Vaccination North-Western Provinces and Oudh 1878-1895 - 1878-1895
Year: 1878
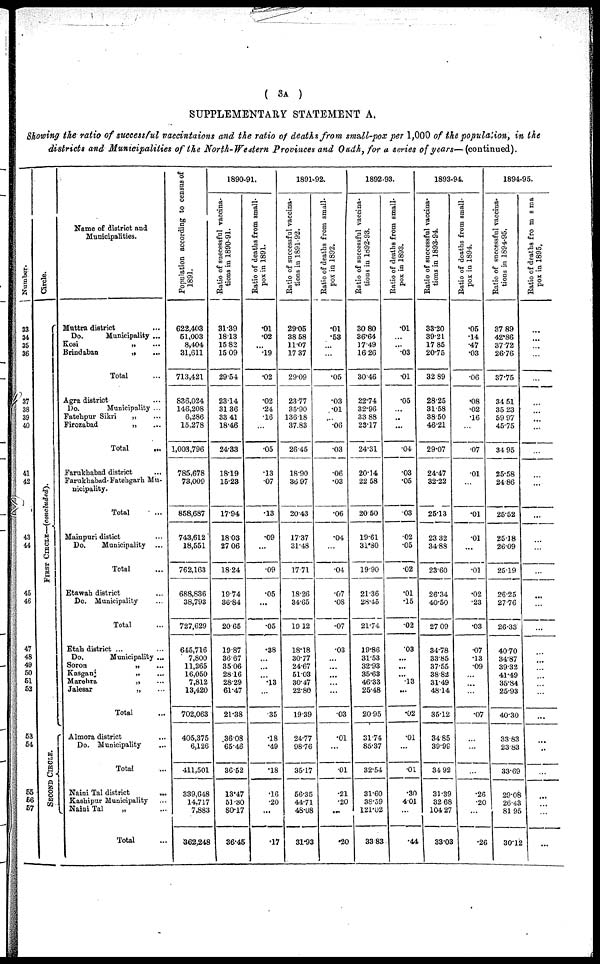
( 3A )
SUPPLEMENTARY STATEMENT A.
Showing the ratio of successful vaccintaions and the ratio of deaths from small-pox per 1,000 of the population, in the
districts and Municipalities of the North-Western Provinces and Oudh, for a series of years—(continued).
Number.
33
34
35
36
37
38
39
40
41
42
43
44
45
46
47
48
49
50
51
52
53
54
55
56
57
Circle.
FIRST CIRCLE—(concluded).
SECOND CIRCLE.
Name of district and
Municipalities.
Muttra district ...
Do.
Municipality ...
Kosi
„ ...
Brindaban
„ ...
Total
Agra district ...
Do.
Municipality ...
Fatehpur Sikri „ ...
Firozabad
„ ...
Total ...
Farukhabad district ...
Farukhabad-Fatehgarb Mu-
nicipality.
Total ...
Mainpuri distict ...
Do.
Municipality ...
Total ...
Etawah district ...
Do. Municipality ...
Total ...
Etah district ... ...
Do.
Municipality ...
Soron „ ...
Kasganj
„ ...
Marehra
„ ...
Jalesar „ ...
Total ...
Almora district ...
Do. Municipality ...
Total ...
Naini Tal district
...
Kashipur Municipality ...
Naini Tal „ ...
Total ...
Population according to census of
1891.
622,403
51,003
8,404
31,611
713,421
836,024
146,208
6,286
15,278
1,003,796
785,678
73,009
858,687
743,612
18,551
762,163
688,836
38,793
727,629
645,716
7,800
11,265
16,050
7,812
13,420
702,063
405,375
6,126
411,501
339,648
14,717
7,883
362,248
1890-91.
Ratio of successful vaccina-
tions in 1890-91.
31.39
18.13
15.82
15.09
29.54
23.14
31.36
33.41
18.46
24.33
18.19
15.23
17.94
18.03
27.06
18.24
19.74
36.84
20.65
19.87
36.67
35.06
28.16
28.29
61.47
21.38
36.08
65.46
36.52
13.47
51.30
80.17
36.45
Ratio of deaths from small-
pox in 1891.
.01
.02
...
.19
.02
.02
.24
.16
...
.05
.13
.07
.13
.09
...
.09
.05
...
.05
.38
...
...
...
.13
...
.35
.18
.49
.18
.16
.20
...
.17
1891-92.
Ratio of successful vaccina-
tions in 1891-92.
29.05
38.58
11.07
17.37
29.09
23.77
35.90
136.18
37.83
26.45
18.90
36.97
20.43
17.37
31.48
17.71
18.26
34.65
19.12
18.18
30.77
24.67
51.03
30.47
22.80
19.39
24.77
98.76
35.17
56.35
44.71
48.08
31.93
Ratio of deaths from small-
pox in 1892.
.01
.53
...
...
.05
.03
.01
...
.06
.03
.06
.03
.06
.04
...
.04
.07
.08
.07
.03
...
...
...
...
...
.03
.01
...
.01
.21
.20
...
.20
1892-93.
Ratio of successful vaccina-
tions in 1892-93.
30.80
36.64
17.49
16.26
30.46
22.74
32.96
33.88
23.17
24.31
20.14
22.58
20.50
19.61
31.80
19.90
21.36
28.45
21.74
19.86
31.53
32.93
35.63
46.33
25.48
20.95
31.74
85.37
32.54
31.60
38.59
121.02
33.83
Ratio of deaths from small-
pox in 1893.
.01
...
...
.03
.01
.05
...
...
...
.04
.03
.05
.03
.02
.05
.02
.01
.15
.02
.03
...
...
...
.13
...
.02
.01
...
.01
.30
4.01
...
.44
1893-94.
Ratio of successful vaccina-
tions in 1893-94.
33.20
39.21
17.85
20.75
32.89
28.25
31.58
38.50
46.21
29.07
24.47
32.22
25.13
23.32
34.88
23.60
26.34
40.50
27.09
34.78
33.85
37.55
38.82
31.49
48.14
35.12
34.85
39.99
34.92
31.39
32.68
104.27
33.03
Ratio of deaths from small-
pox in 1894.
.05
.14
.47
.03
.06
.08
.02
.16
...
.07
.01
...
.01
.01
...
.01
.02
.23
.03
.07
.13
.09
...
...
...
.07
...
...
...
.26
.20
...
.26
1894-95.
Ratio of successful vaccina-
tions in 1894-95.
37.89
42.86
37.72
26.76
37.75
34.51
35.23
59.97
45.75
34.95
25.58
24.86
25.52
25.18
26.09
25.19
26.25
27.76
26.33
40.70
34.87
39.32
41.49
35.84
25.93
40.30
33.83
23.83
33.69
29.08
26.43
81.95
30.12
Ratio of deaths from sma
pox in 1895.
...
...
...
...
...
...
...
...
......
...
...
...
...
...
...
...
...
...
...
...
...
...
...
...
...
...
...
...
...
...
...
...
...